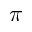
\pi